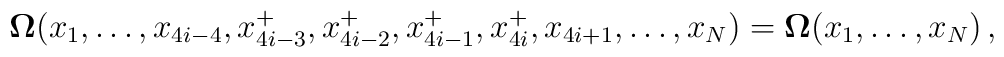
{\bf \Omega} (x_1,\ldots ,x_{4i-4},  x_{4i-3}^+,x_{4i-2}^+,x_{4i-1}^+,x_{4i}^+,x_{4i+1}, \ldots , x_N)={\bf \Omega} (x_1, \ldots , x_N) \, , \nonumber